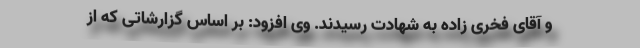
و آقای فخری زاده به شهادت رسیدند. وی افزود: بر اساس گزارشاتی که از